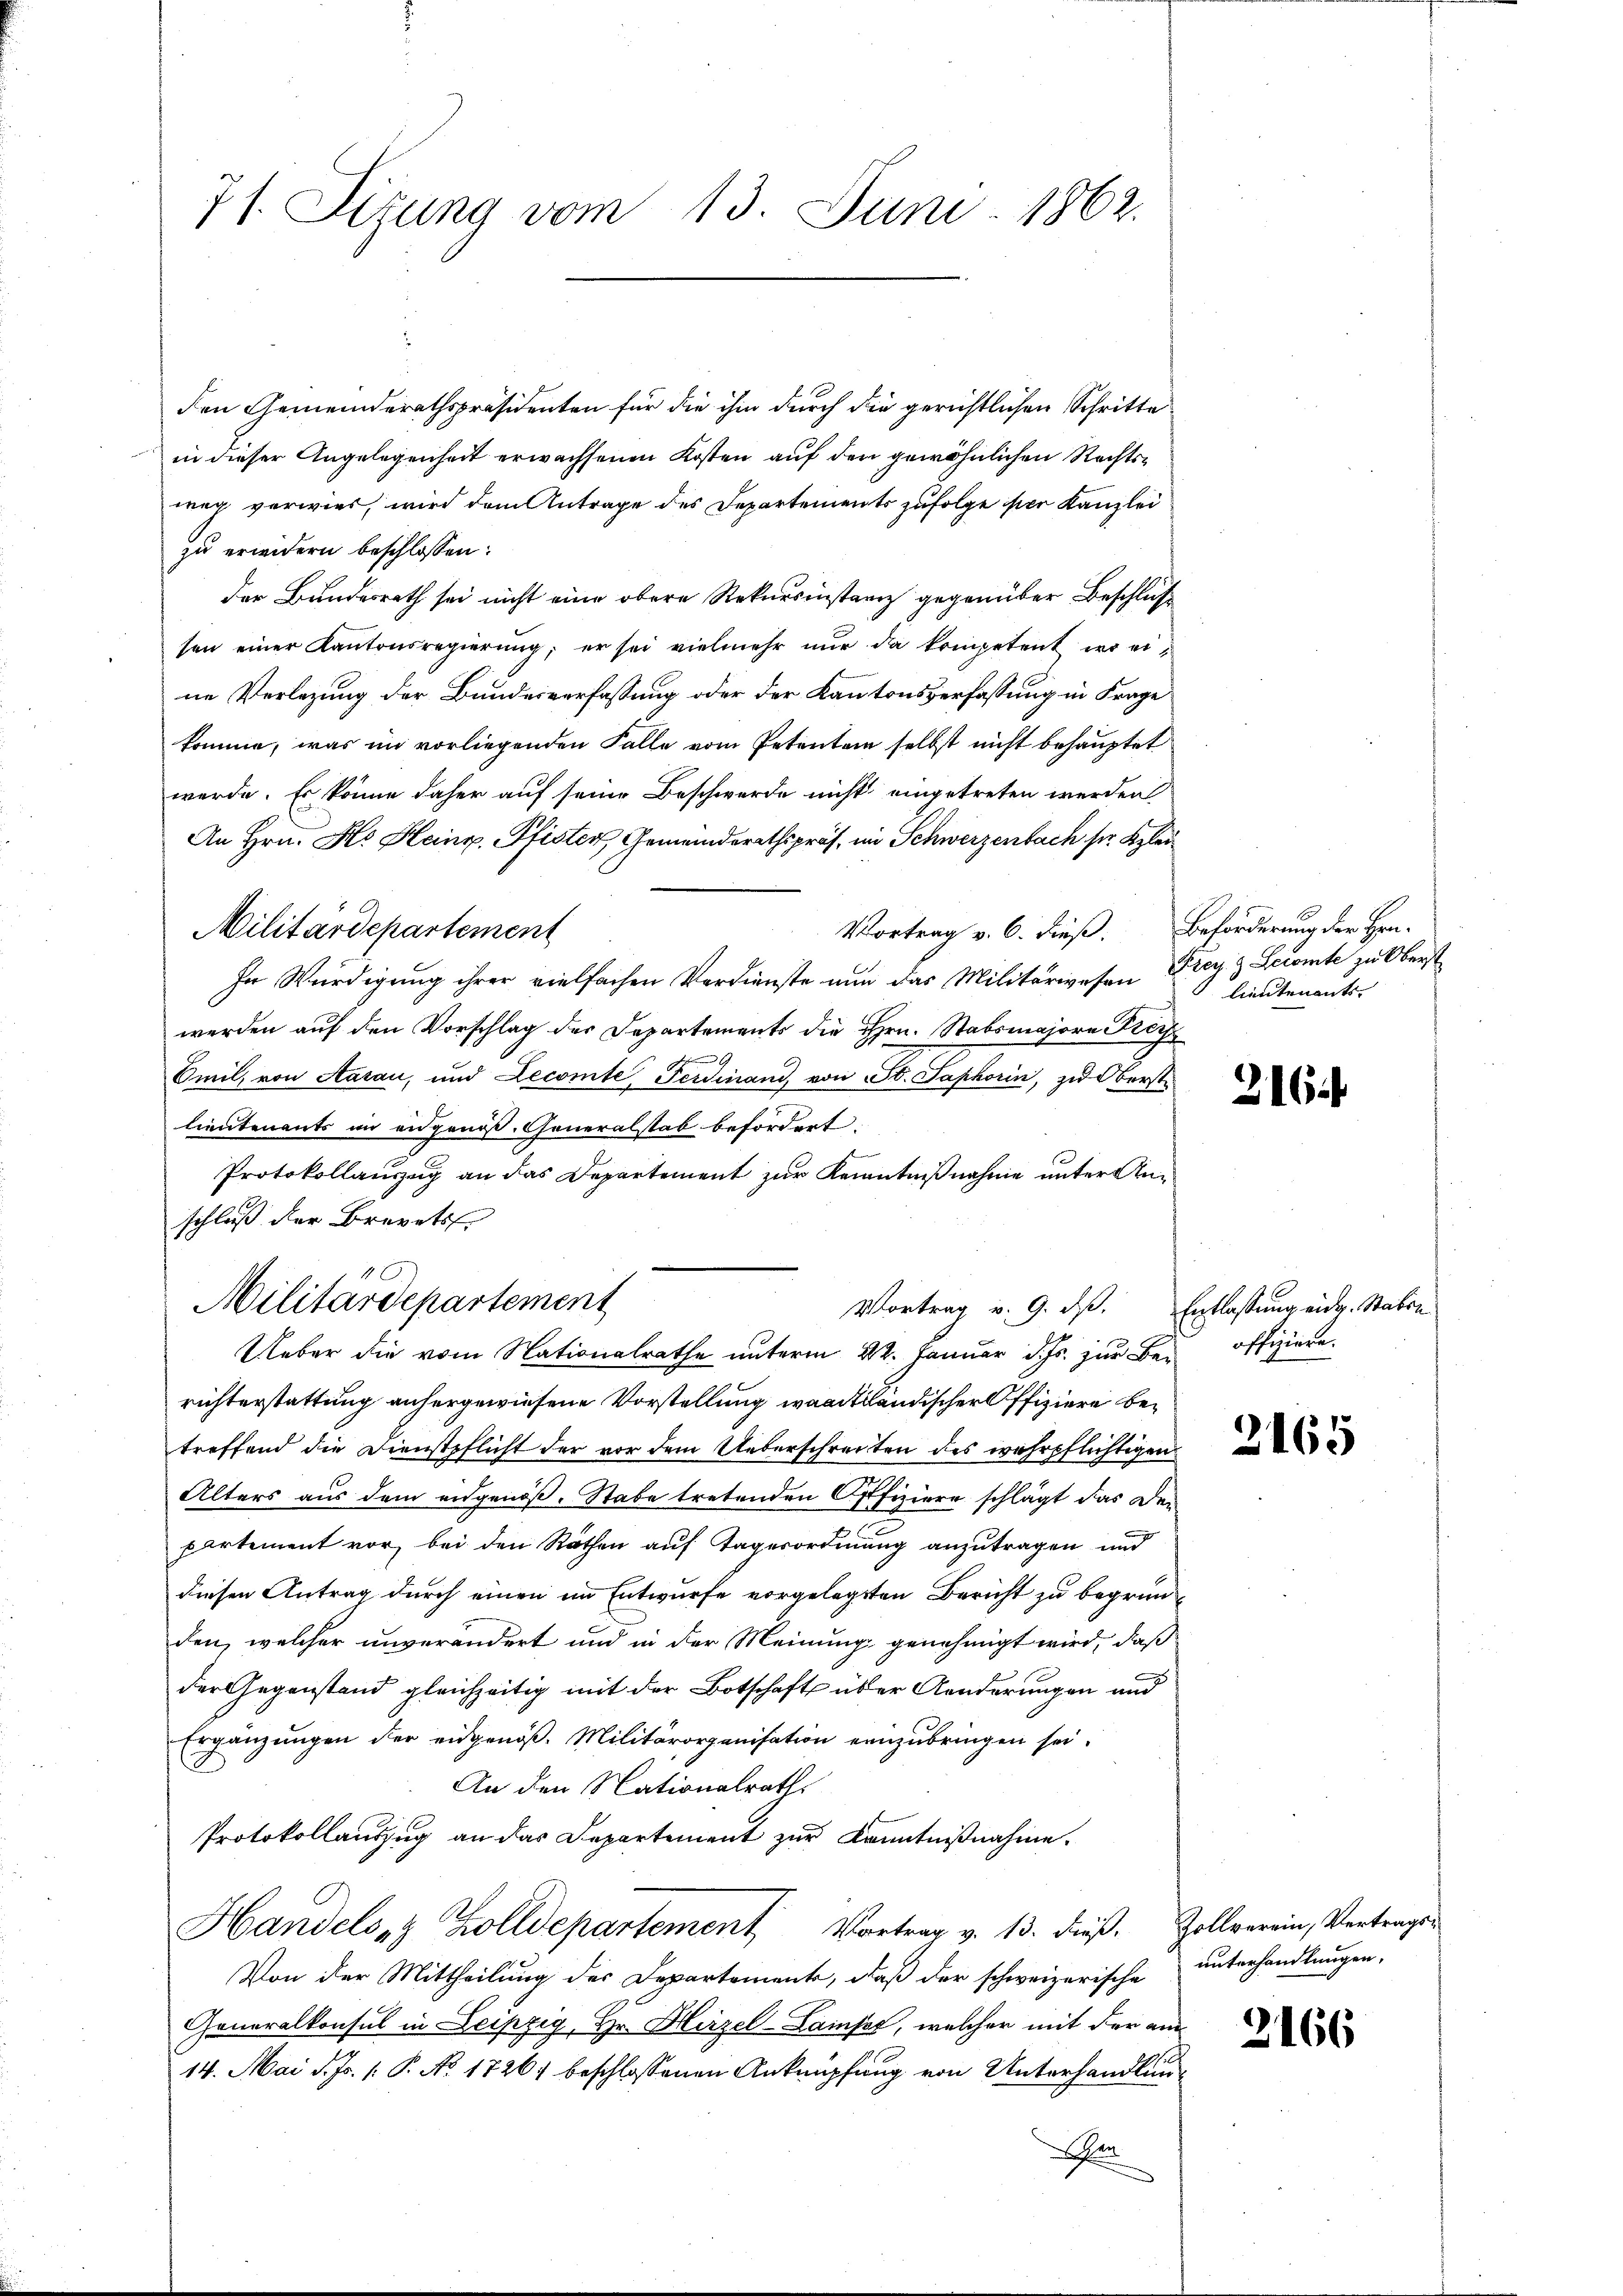
71. Sizung vom 13. Juni 1862.

Militärdepartement
Vortrag v. 6. dieß.
In Würdigung ihrer vielfachen Verdienste nun das Militärwesen
werden auf den Vorschlag der Departements die Hrn. Stabsmajore Proz
Emil, von Aarau, und Lecomte Ferdinand von St. Saphorin, zu Oberst
lieutenants im angenoß. Generalstab befordert.
s
Protokollanzug an das Departement zur Kenntnißnahme unter Anschluß der Brevets
Militärdepartement
Vortrag v. 9. ds.
Ueber die vom Nationalrathe unterm 22. Januar d. Js. zur Berichterstattung anhergewiesene Vorstellung waadtländischer Offiziere betreffend die Dienstpflicht der vor dem Ueberschreiten des wahrpflichtigen
Alters aus dem eidgenöß- Stabe tretenden Offiziere schlägt das De
partement vor, bei den Räthen auf Tagerordnung anzutragen und
diesen Antrag durch einen im Entwurfe vorgelegten Bericht zu begründen, welcher unverändert und in der Meinung genehmigt wird, daß
der Gegenstand gleichzeitig mit der Botschaft über Aenderungen und
Ergänzŭngen der eidgenöβ. Militärorganisation einzŭbringen sei.
An den Nationalrath
Protokollauszug an das Departement zur Kenntnißnahme.
Handelsz Zolldepartement, Vortrag v. 13. dieß.
Von der Mittheilung der Departement, daß der schweizerische
Generalkonsul in Leipzig, Hr. Hirzel-Laiser, welcher mit der an
14. Mai d. Js. [ P. No. 17261 beschlossenen Anknüpfung von Unterhandlun
hen

den Gemeinderathspräsidenten für die ihm durch die gerichtlichen Schritte
in dieser Angelegenheit erwachsenen Kosten auf den gewöhnlichen Rechtsweg verwies, wird dem Antrage des Departements zufolge der Kanzlei
zu erwidern beschlossen:
der Bundesrath sei nicht eine obere Rekursinstanz gegenüber Beschluß
sen einer Kantonsregierŭng, er sei vielmehr nŭr da kompetent wo eine Verlegung der Bundesverfassung oder der Kantonsverfassung in Frage
komme, was im vorliegenden Falle vom Petenten selbst nicht behauptet
werde. Es könne daher auf seine Beschwerde nicht eingetreten werden
An Hrn. H. Heinr. Pfister Gemeinderathspräs. im Schwerzenbach ser Klau

Beförderung der Han¬
Frey. & Lecomte zu Oberst
lieutenants.

s

216

Entlassung eid. Staben
 offigiere.

2165

Pollverein, Vertrages
unterhandlungen.

2166